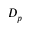
D _ { p }